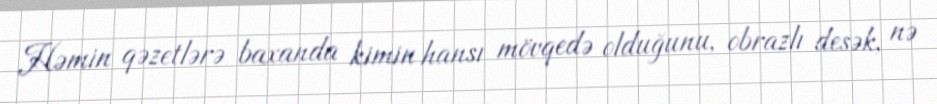
Həmin qəzetlərə baxanda kimin hansı mövqedə olduğunu, obrazlı desək, nə